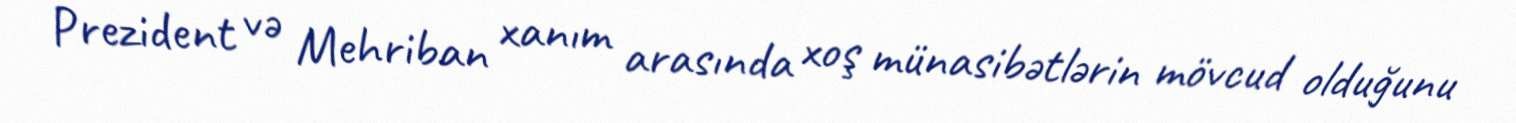
Prezident və Mehriban xanım arasında xoş münasibətlərin mövcud olduğunu